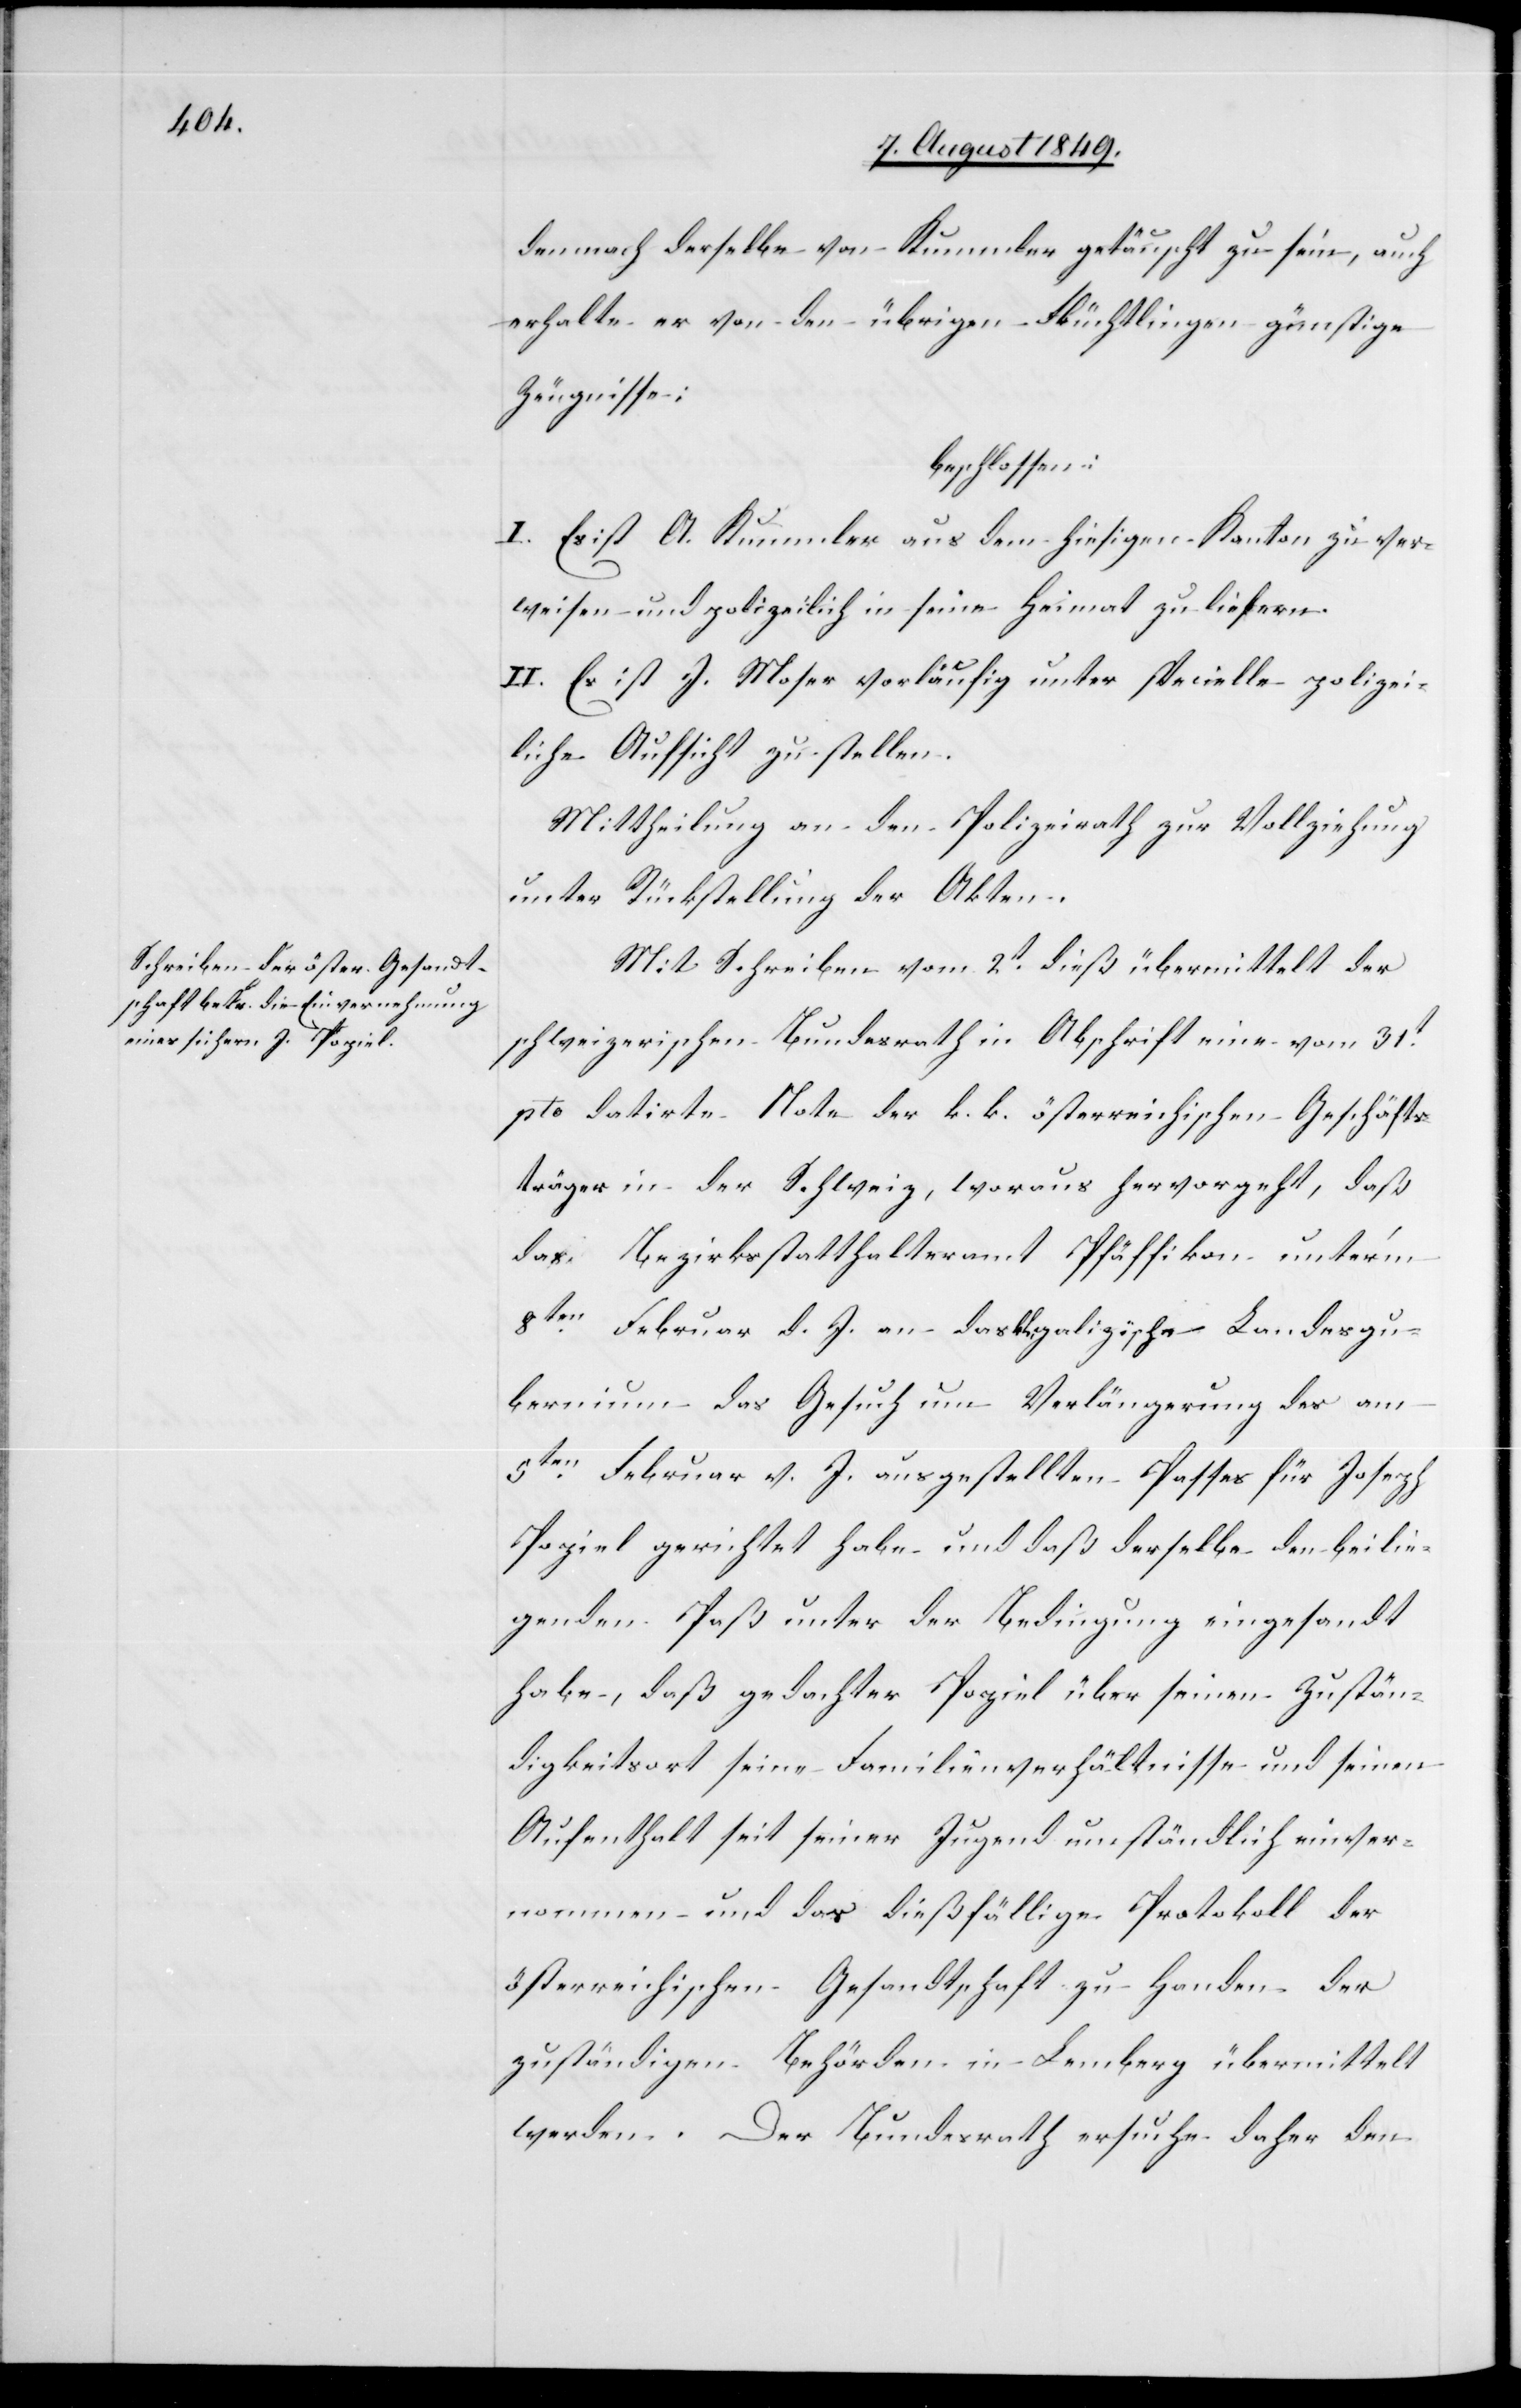
demnach derselbe von Kummler getäuscht zu sein, auch
erhalte er von den übrigen Flüchtlingen günstige
Zeugnisse:
beschlossen:
I. Es ist A. Kummler aus dem hiesigen Kanton zu ver¬
weisen und polizeilich in seine Heimat zu liefern.
II. Es ist J. Moser vorläufig unter specielle polizei¬
liche Aufsicht zu stellen.
Mittheilung an den Polizeirath zur Vollziehung
unter Rückstellung der Akten.
Mit Schreiben vom 2t dieß übermittelt der
schweizerische Bundesrath in Abschrift eine vom 31t
pto datirte Note der k. k. österreichischen Geschäfts¬
träger in der Schweiz, woraus hervorgeht, daß
das Bezirksstatthalteramt Pfäffikon unter’m
8ten Februar d. J. an das k. k. galizische Landesgu¬
bernium das Gesuch um Verlängerung des am
5ten Februar v. J. ausgestellten Passes für Joseph
Popiel gerichtet habe und daß derselbe den beilie¬
genden Paß unter der Bedingung eingesandt
habe, daß gedachter Popiel über seinen Zustän¬
digkeitsort seine Familienverhältnisse und seinen
Aufenthalt seit seiner Jugend umständlich einver¬
nommen und das dießfällige Protokoll der
österreichischen Gesandtschaft zu Handen der
zuständigen Behörden in Lemberg übermittelt
werden. Der Bundesrath ersuche daher den